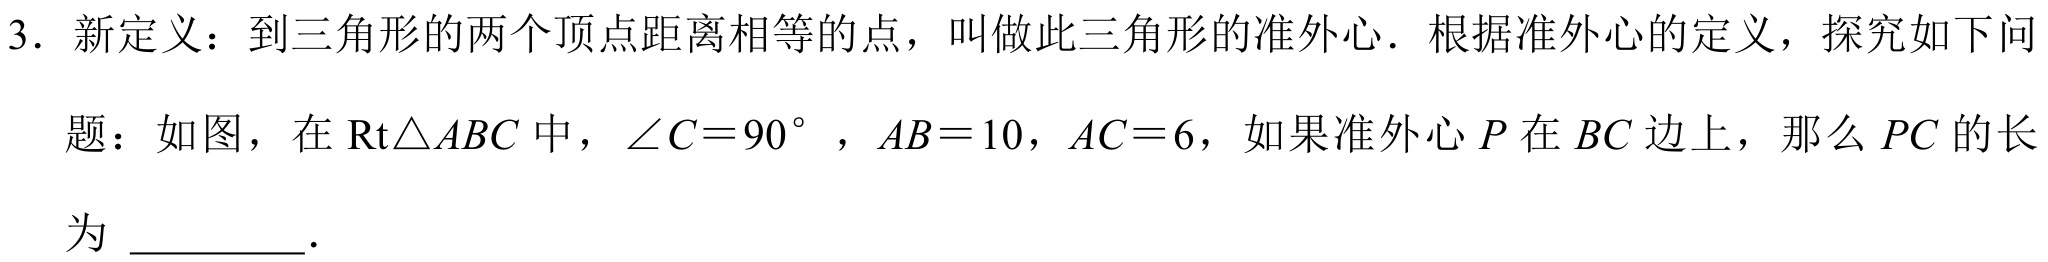
3. 新定义：到三角形的两个顶点距离相等的点，叫做此三角形的准外心. 根据准外心的定义，探究如下问
题：如图，在 \(\mathrm{Rt}\triangle ABC\) 中，\(\angle C = 90^{\circ}\)，\(AB = 10\)，\(AC = 6\)，如果准外心 \(P\) 在 \(BC\) 边上，那么 \(PC\) 的长
为 \(\underline{\quad\quad}\).